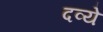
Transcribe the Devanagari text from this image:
दव्ये